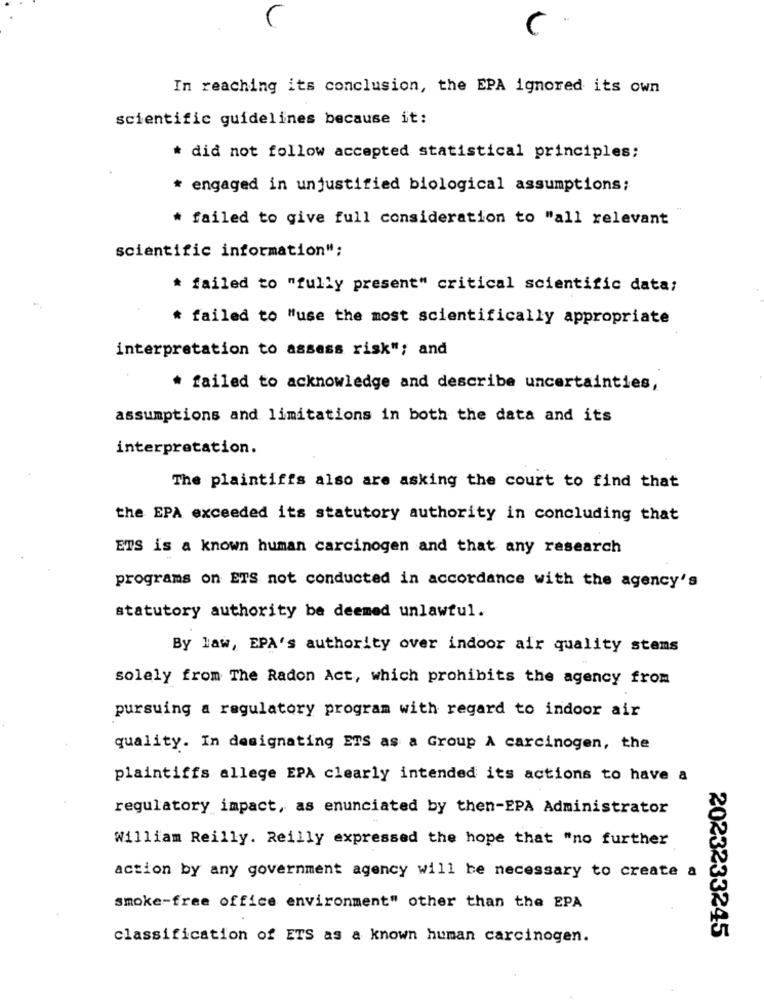
In reaching its conclusion, the EPA ignored its own
scientific guidelines because it:
* did not follow accepted statistical principles;
* engaged in unjustified biological assumptions;
failed to give full consideration to "all relevant
scientific information";
* failed to "fully present" critical scientific data;
* failed to "use the most scientifically appropriate
interpretation to assess risk"; and
failed to acknowledge and describe uncertainties,
assumptions and limitations in both the data and its
interpretation.
The plaintiffs also are asking the court to find that
the EPA exceeded its statutory authority in concluding that
ETS is a known human carcinogen and that any research
programs on ETS not conducted in accordance with the agency's
statutory authority be deemed unlawful.
By law, EPA's authority over indoor air quality stems
solely from The Radon Act, which prohibits the agency from
pursuing a regulatory program with regard to indoor air
quality. In designating ETS as a Group A carcinogen, the
plaintiffs allege EPA clearly intended its actions to have a
regulatory impact, as enunciated by then-EPA Administrator
William Reilly. Reilly expressed the hope that "no further
action by any government agency will be necessary to create a
smoke-free office environment" other than the EPA
classification of ETS as a known human carcinogen.
2023233245